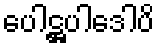
ပေါဋ္ဌပါဒေါပိ